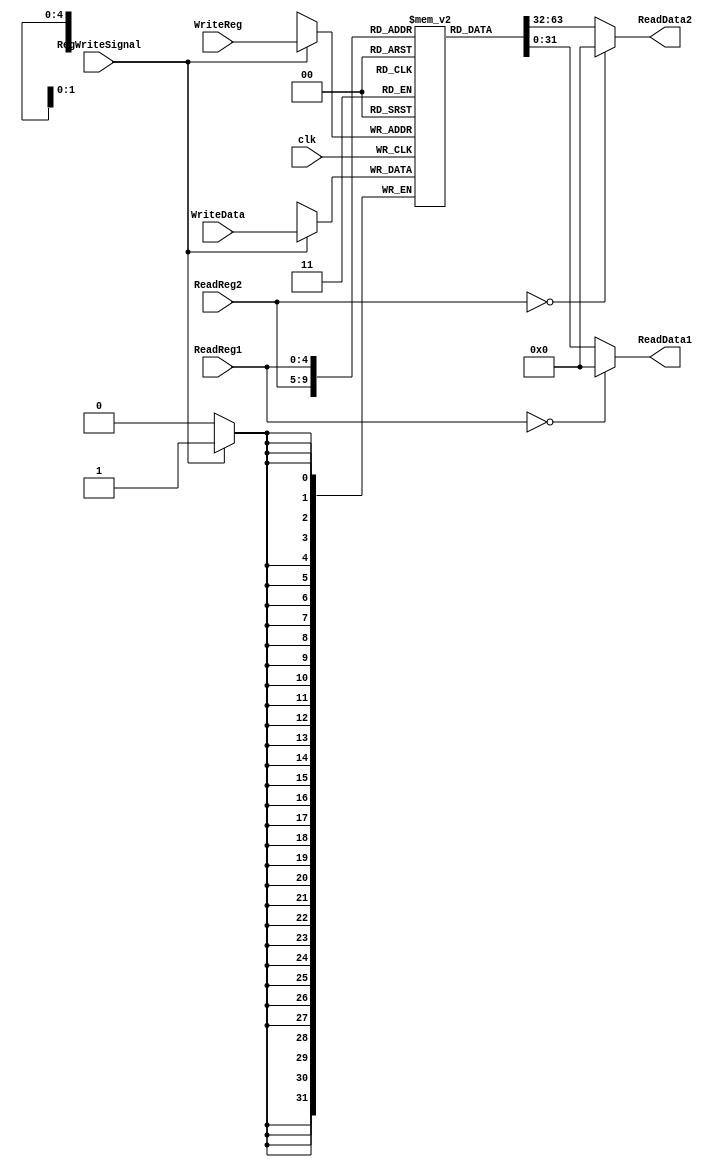
module RegisterFile(ReadData1,ReadData2,ReadReg1,ReadReg2,WriteReg,WriteData,RegWriteSignal,clk);
    input [4:0] ReadReg1, ReadReg2, WriteReg;
    input [31:0] WriteData;
    input clk, RegWriteSignal;
    output [31:0] ReadData1, ReadData2;

    reg [31:0] Registers[31:0];

	assign ReadData1 = (ReadReg1 == 0) ? 32'd0 : Registers[ReadReg1];
	assign ReadData2 = (ReadReg2 == 0) ? 32'd0 : Registers[ReadReg2];
    
    always @ (posedge clk)
    begin
        if(RegWriteSignal==1)
            Registers[WriteReg] <= WriteData; 
    end
    
endmodule

module RegisterFile_tb ();
    reg [4:0] ReadReg1, ReadReg2, WriteReg;
    reg [31:0] writeData;
    reg clk, regWrite;
    wire [31:0] ReadData1, ReadData2;

	RegisterFile testRegFile (ReadData1, ReadData2, ReadReg1, ReadReg2, WriteReg, writeData, regWrite, clk);

	initial begin

		ReadReg1 <= 5'b10001;
		ReadReg2 <= 5'b10010;
		WriteReg <= 5'b10001;

		writeData <= 32'd17697;

		#10 $display("Value at %d = %d, Value at %d = %d", ReadReg1, ReadData1, ReadReg2, ReadData2);

		regWrite <= 1;
		clk <= 1;

		$display("Value %d written at address %d", writeData, WriteReg);

		#10 clk <= 0;
		regWrite <= 0;

		$display("Value at %d = %d, Value at %d = %d", ReadReg1, ReadData1, ReadReg2, ReadData2);

		#10 ReadReg1 <= 5'b11000;
		#10 ReadReg1 <= 5'b10001;

		#10 $display("Value at %d = %d, Value at %d = %d", ReadReg1, ReadData1, ReadReg2, ReadData2);

	end

endmodule